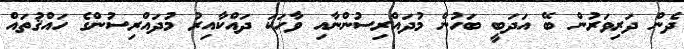
ދެން ދަރިވަރުން ބޭ އަދަބީ ބަހުން މުދައްރިސުންނާއި ވާހަކަ ދައްކާއިރު މުދައްރިސުންގެ ހައްޤުތައް